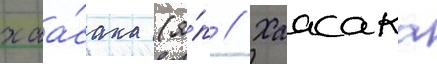
хаа́сака (я́п // Хаасака